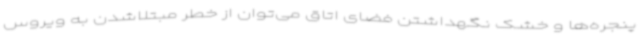
پنجره‌ها و خشک نگهداشتن فضای اتاق می‌توان از خطر مبتلاشدن به ویروس